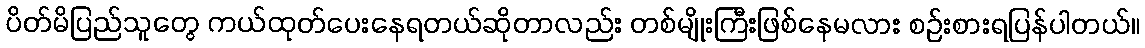
ပိတ်မိပြည်သူတွေ ကယ်ထုတ်ပေးနေရတယ်ဆိုတာလည်း တစ်မျိုးကြီးဖြစ်နေမလား စဉ်းစားရပြန်ပါတယ်။